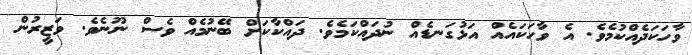
ވާހަކަދެއްކުމެވެ. އެ ވާހަކައެއް އަޅުގަނޑެއް ނުދައްކަމެވެ. ދައްކާކަށް ބޭނުމެއް ވެސް ނޫނެވެ. ވަޒީރުން